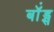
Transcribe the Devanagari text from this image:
बॉंड्स